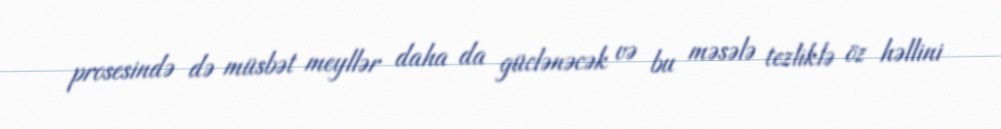
prosesində də müsbət meyllər daha da güclənəcək və bu məsələ tezliklə öz həllini